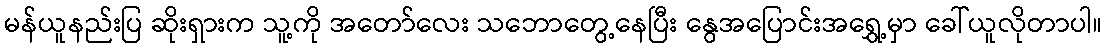
မန်ယူနည်းပြ ဆိုးရှားက သူ့ကို အတော်လေး သဘောတွေ့နေပြီး နွေအပြောင်းအရွှေ့မှာ ခေါ်ယူလိုတာပါ။